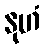
နုဟံ